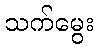
သက်မွေး